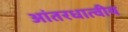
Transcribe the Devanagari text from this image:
आंतरधात्वीय